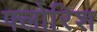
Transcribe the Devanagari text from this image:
फ्लोरिश